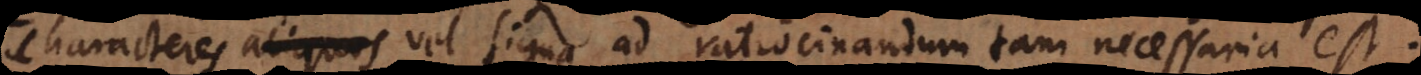
acteres aliquos vel signa ad ratiocinandum tam necessaria es